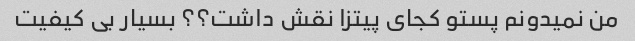
من نمیدونم پستو کجای پیتزا نقش داشت؟؟ بسیار بی کیفیت